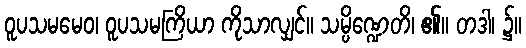
ဝူပသမမေဝ၊ ဝူပသမကြိယာ ကိုသာလျှင်။ သမ္ပိဏ္ဍေတိ၊ ၏။ တဒါ၊ ၌။